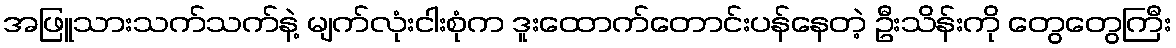
အဖြူသားသက်သက်နဲ့ မျက်လုံးငါးစုံက ဒူးထောက်တောင်းပန်နေတဲ့ ဦးသိန်းကို တွေတွေကြီး